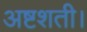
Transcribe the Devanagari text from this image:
अष्टशती।